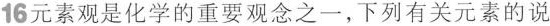
16元素观是化学的重要观念之一，下列有关元素的说